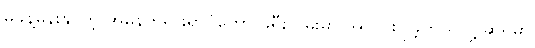
မခန့်မှန်းနိုင်တဲ့ အမှန်တရားရှာပုံတော် ခရီးလမ်းမှာ အလင်းပြခဲ့တယ်လို့ ဆိုရမှာ